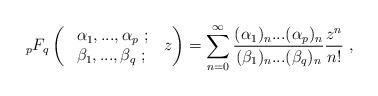
LaTeX: \begin{align*}{}_{p}F_{q}\left(\ \begin{array}{lll}\alpha_{1},...,\alpha_{p}~;~\\\beta_{1}, ..., \beta_{q}~;~\end{array} z\right)=\sum_{n=0}^{\infty}\frac{(\alpha_{1})_{n} ... (\alpha_{p})_{n}}{(\beta_{1})_{n} ... (\beta_{q})_{n}}\frac{z^{n}}{n!}~,\end{align*}